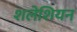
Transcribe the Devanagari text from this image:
शलेशियन